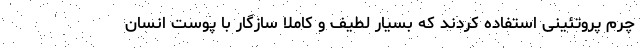
چرم پروتئینی استفاده کردند که بسیار لطیف و کاملاً سازگار با پوست انسان